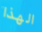
الهذا